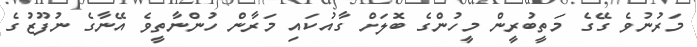
މަރުނުވެ ގޭގެ މަތީބުރީން މީހުންގެ ބޮލަށް ގާއުކައި މަރާން ހުންނާތީވެ އޭނާގެ ނުފޫޒުގެ